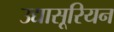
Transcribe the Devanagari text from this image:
उद्यासूरियन